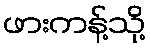
ဖားကန့်သို့